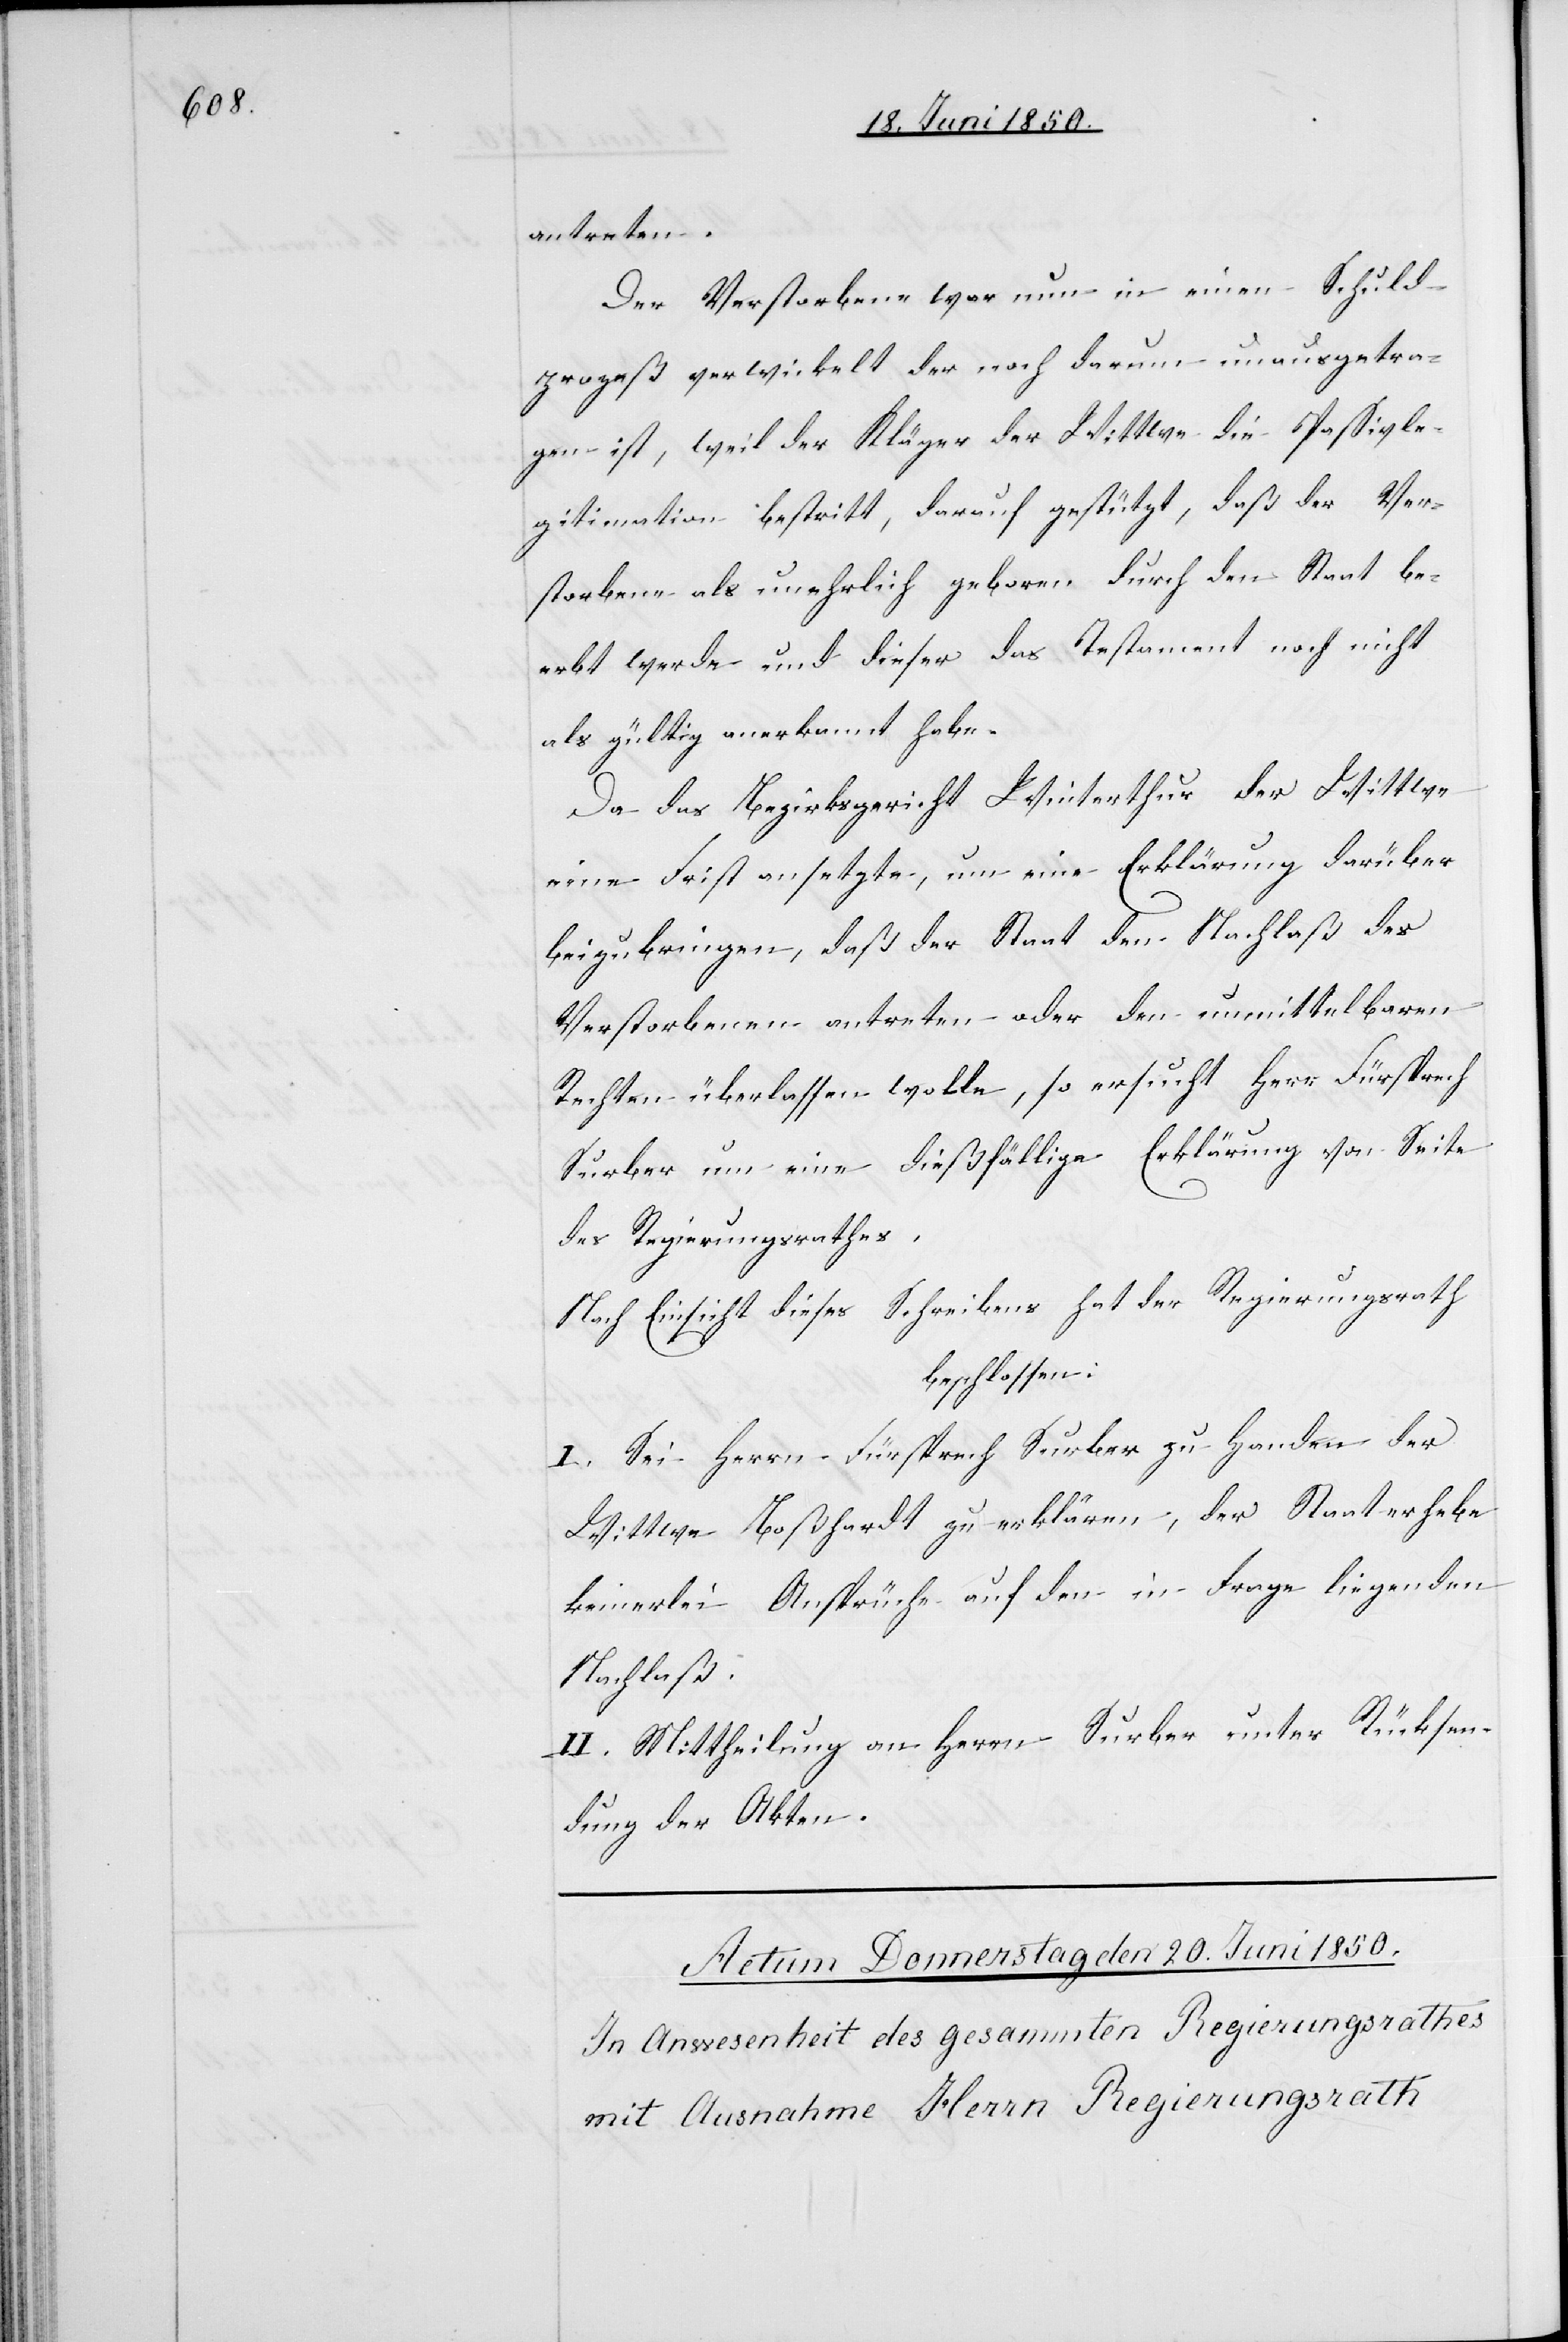
antreten.
Der Verstorbene war nun in einen Schuld¬
prozeß verwickelt der noch darum unausgetra¬
gen ist, weil der Kläger der Wittwe die Passivle¬
gitimation bestritt, darauf gestützt, daß der Ver¬
storbene als unehrlich geboren durch den Staat be¬
erbt werde und dieser das Testament noch nicht
als gültig anerkannt habe.
Da das Bezirksgericht Winterthur der Wittwe
eine Frist ansetzte, um eine Erklärung darüber
beizubringen, daß der Staat den Nachlaß des
Verstorbenen antreten oder den unmittelbaren
Rechten überlassen wolle, so ersucht Herr Fürsprech
Surber um eine dießfällige Erklärung von Seite
des Regierungsrathes,
Nach Einsicht dieses Schreibens hat der Regierungsrath
beschlossen:
I. Sei Herrn Fürsprech Surber zu Handen der
Wittwe Boßhardt zu erklären, der Staat erhebe
keinerlei Ansprüche auf den in Frage liegenden
Nachlaß.
II. Mittheilung an Herrn Surber unter Rücksen¬
dung der Akten.